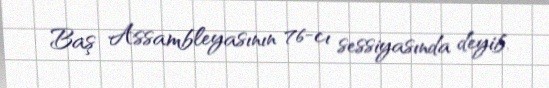
Baş Assambleyasının 76-cı sessiyasında deyib.